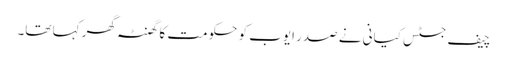
چیف جسٹس کیانی نے صدر ایوب کو حکومت کا گھنٹہ گھر کہا تھا۔